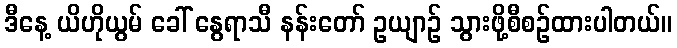
ဒီနေ့ ယိဟိုယွမ် ခေါ် နွေရာသီ နန်းတော် ဥယျာဉ် သွားဖို့စီစဉ်ထားပါတယ်။